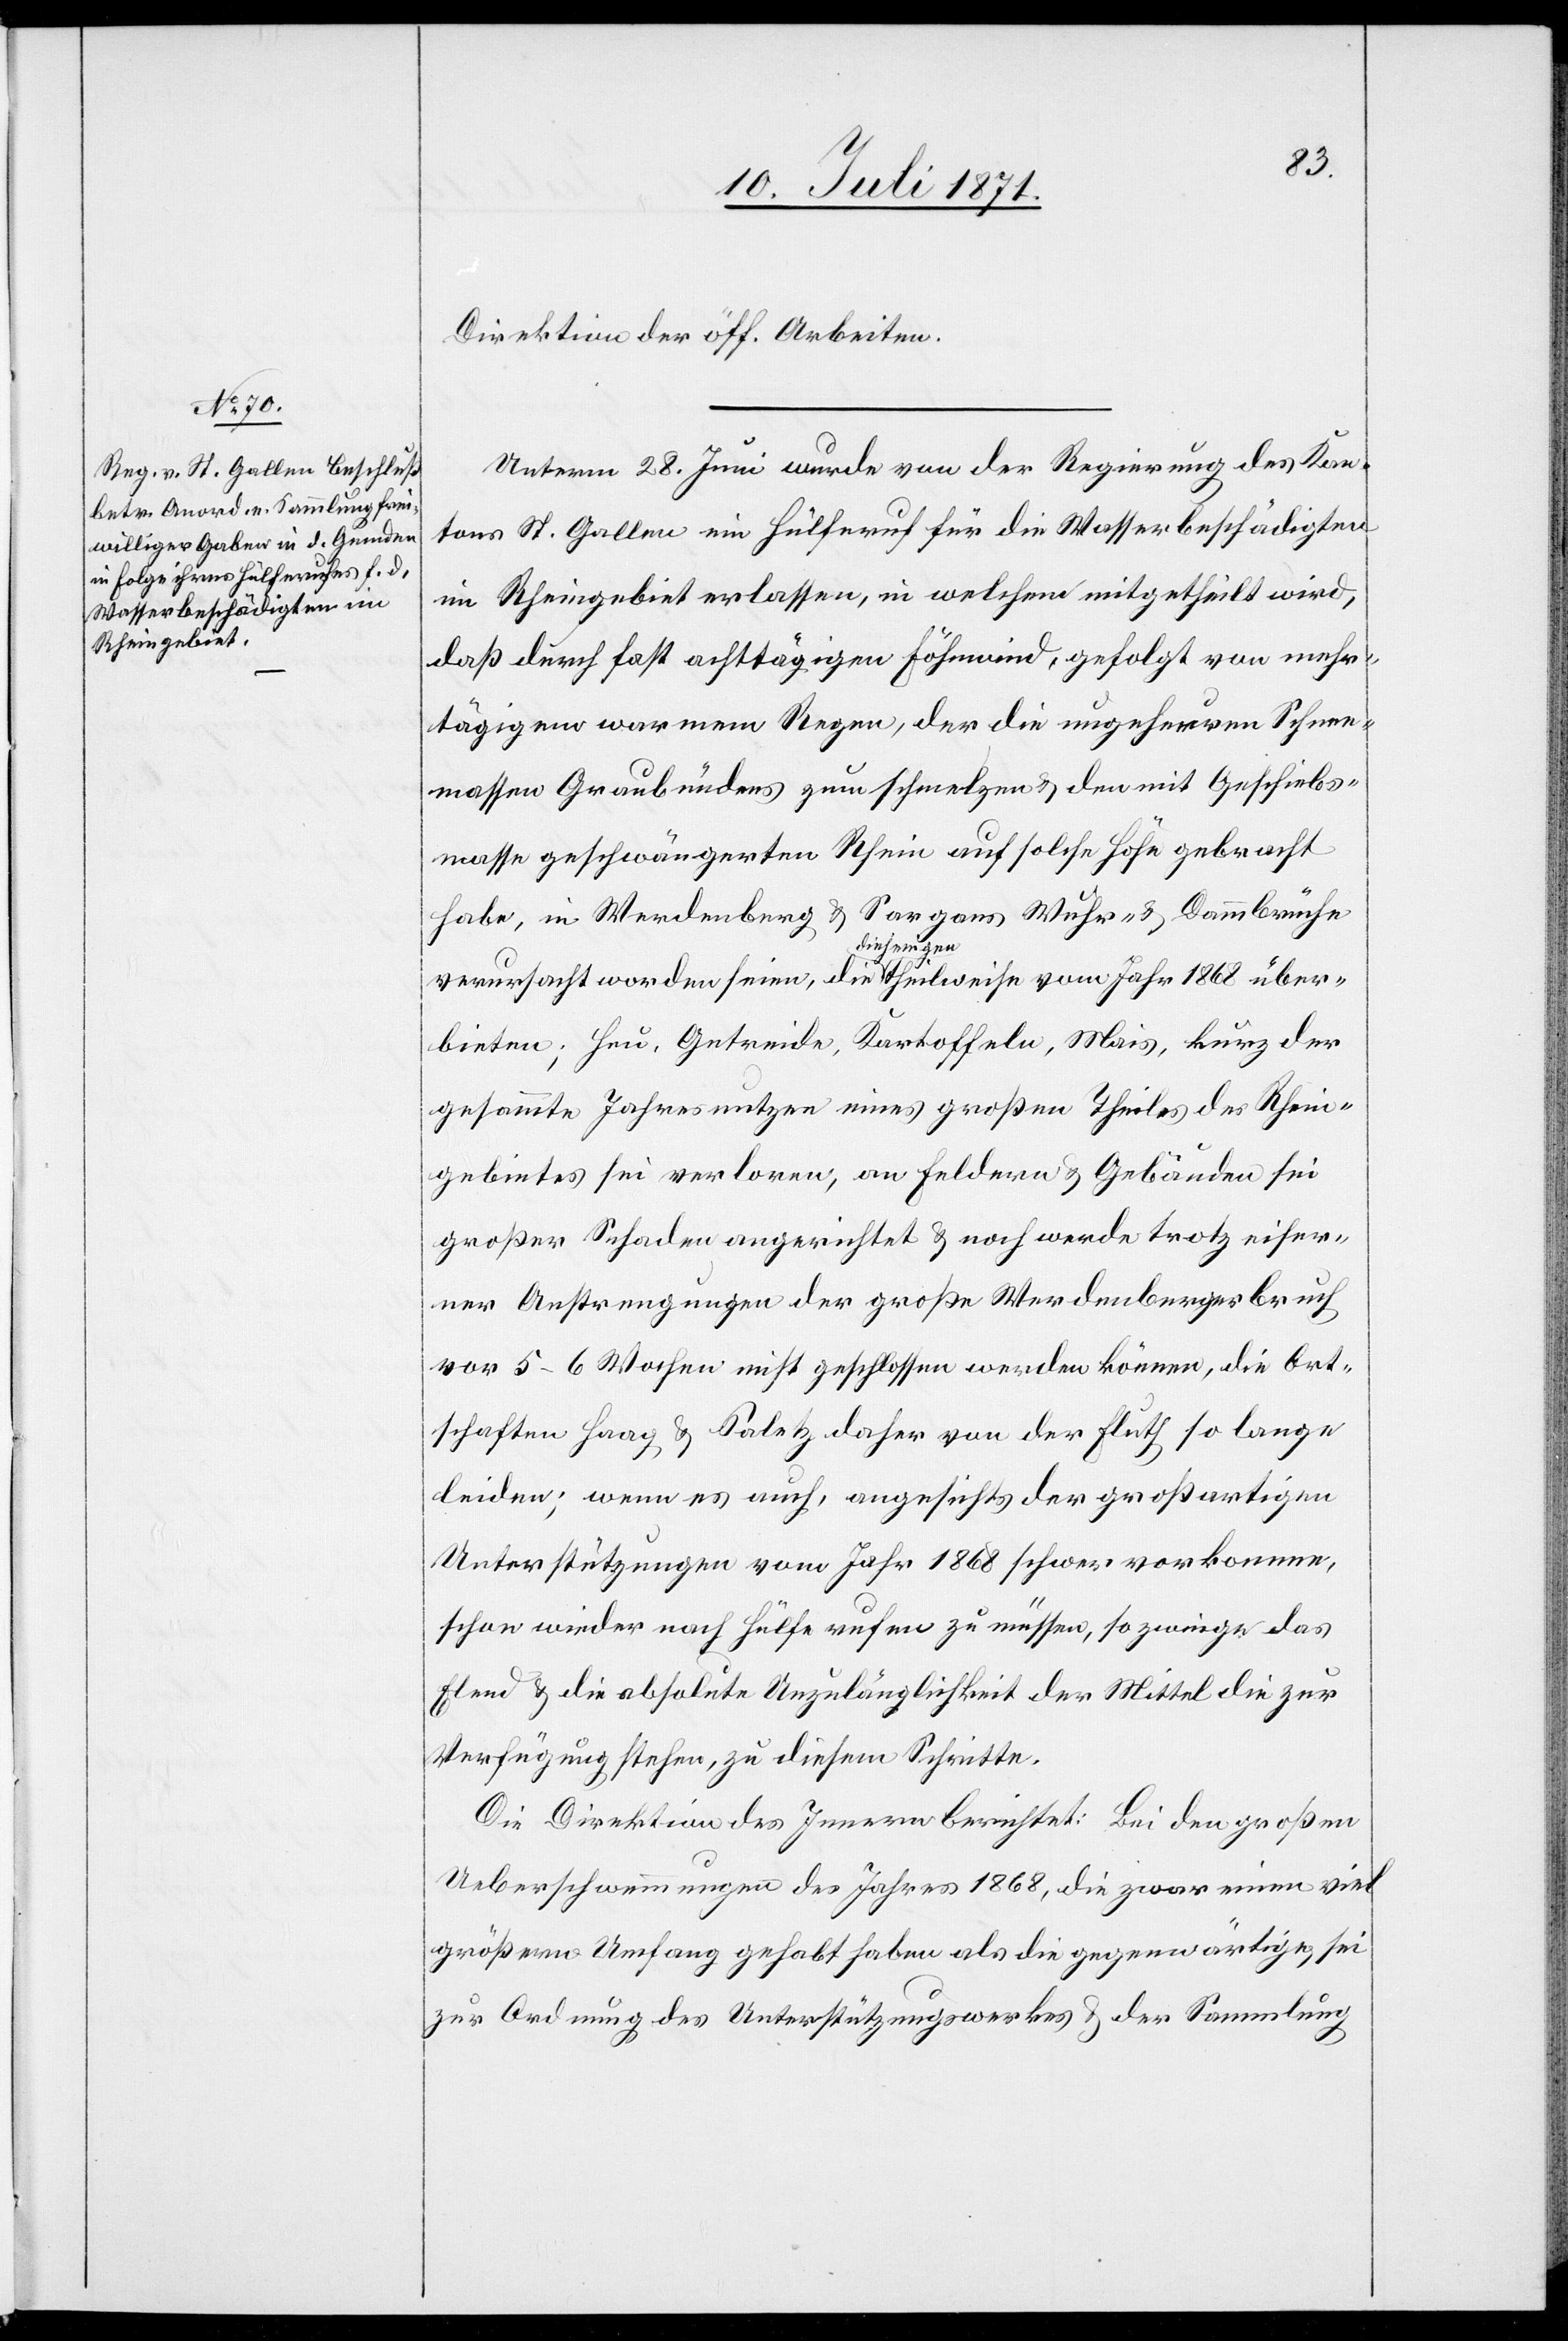
Direktion der öff. Arbeiten.
Unterm 28. Juni wurde von der Regierung des Kan¬
tons St. Gallen ein Hülferuf für die Wasserbeschädigten
im Rheingebiet erlassen, in welchem mitgetheilt wird,
daß durch fast achttägigen Föhnwind, gefolgt von mehr¬
tägigem warmen Regen, der die ungeheuren Schnee¬
massen Graubündens zum schmelzen u. den mit Geschiebs¬
masse geschwängerten Rhein auf solche Höhe gebracht
habe, in Werdenberg u. Sargans Wuhr- u. Dammbrüche
verursacht worden seien, die diejenigen theilweise vom Jahr 1868 über¬
bieten; Heu, Getreide, Kartoffeln, Mais, kurz der
gesammte Jahresnutzen eines großen Theiles des Rhein¬
gebietes sei verloren, an Feldern u. Gebäuden sei
großer Schaden angerichtet u. noch werde trotz eiser¬
ner Anstrengungen der große Werdenbergerbruch
vor 5–6 Wochen nicht geschlossen werden können, die Ort¬
schaften Haag u. Saletz daher von der Fluth so lange
leiden; wenn es auch, angesichts der großartigen
Unterstützungen vom Jahr 1868 schwer vorkomme,
schon wieder nach Hülfe rufen zu müssen, so zwinge das
Elend u. die absolute Unzulänglichkeit der Mittel die zur
Verfügung stehen, zu diesem Schritte.
Die Direktion des Innern berichtet: Bei den großen
Ueberschwemmungen des Jahres 1868, die zwar einen viel
größeren Umfang gehabt haben als die gegenwärtigen, sei
zur Ordnung des Unterstützungswerkes u. der Sammlung